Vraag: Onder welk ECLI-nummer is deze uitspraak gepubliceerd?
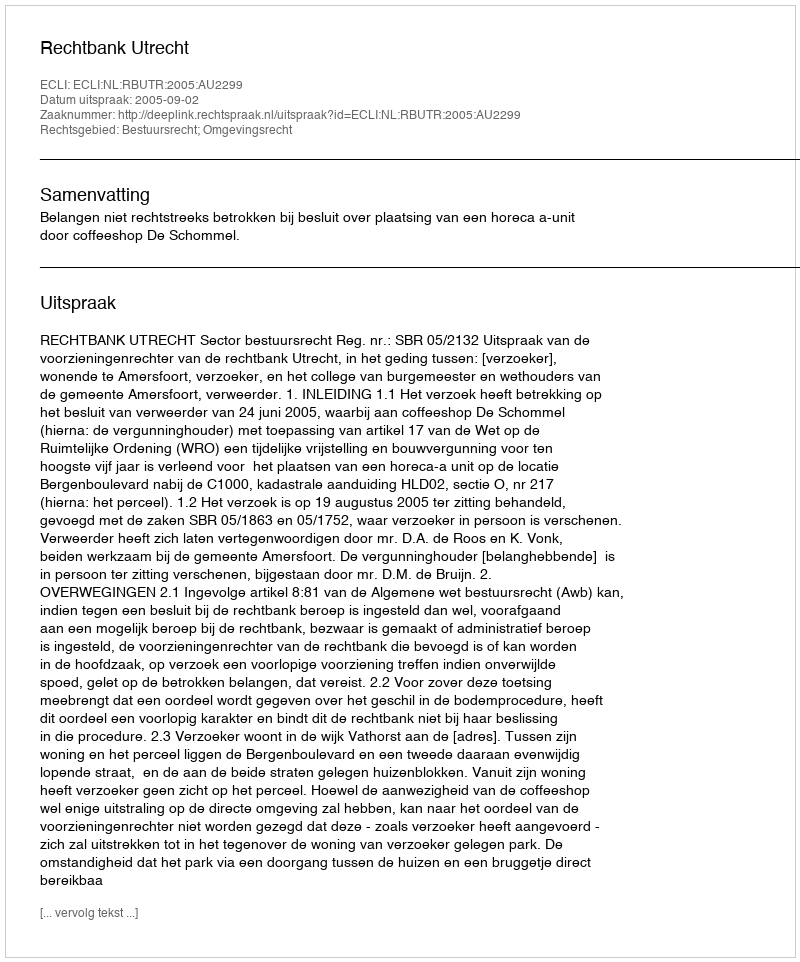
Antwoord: ECLI:NL:RBUTR:2005:AU2299